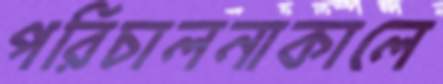
পরিচালনাকালে